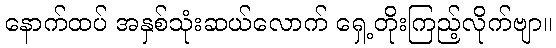
နောက်ထပ် အနှစ်သုံးဆယ်လောက် ရှေ့တိုးကြည့်လိုက်ဗျာ။